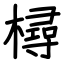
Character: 樳